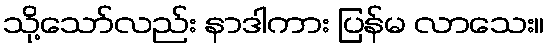
သို့သော်လည်း နာဒါကား ပြန်မ လာသေး။